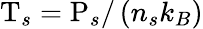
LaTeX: \mathrm{T}_{s}=\mathrm{P}_{s}/\left(n_{s}k_{B}\right)